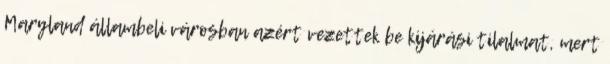
Maryland állambeli városban azért vezettek be kijárási tilalmat, mert